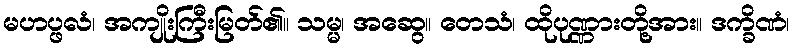
မဟပ္ဖလံ၊ အကျိုးကြီးမြတ်၏။ သမ္မ၊ အဆွေ။ တေသံ၊ ထိုပုဏ္ဏားတို့အား။ ဒက္ခိဏံ၊